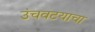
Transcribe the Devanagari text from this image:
उंचवटयाचा